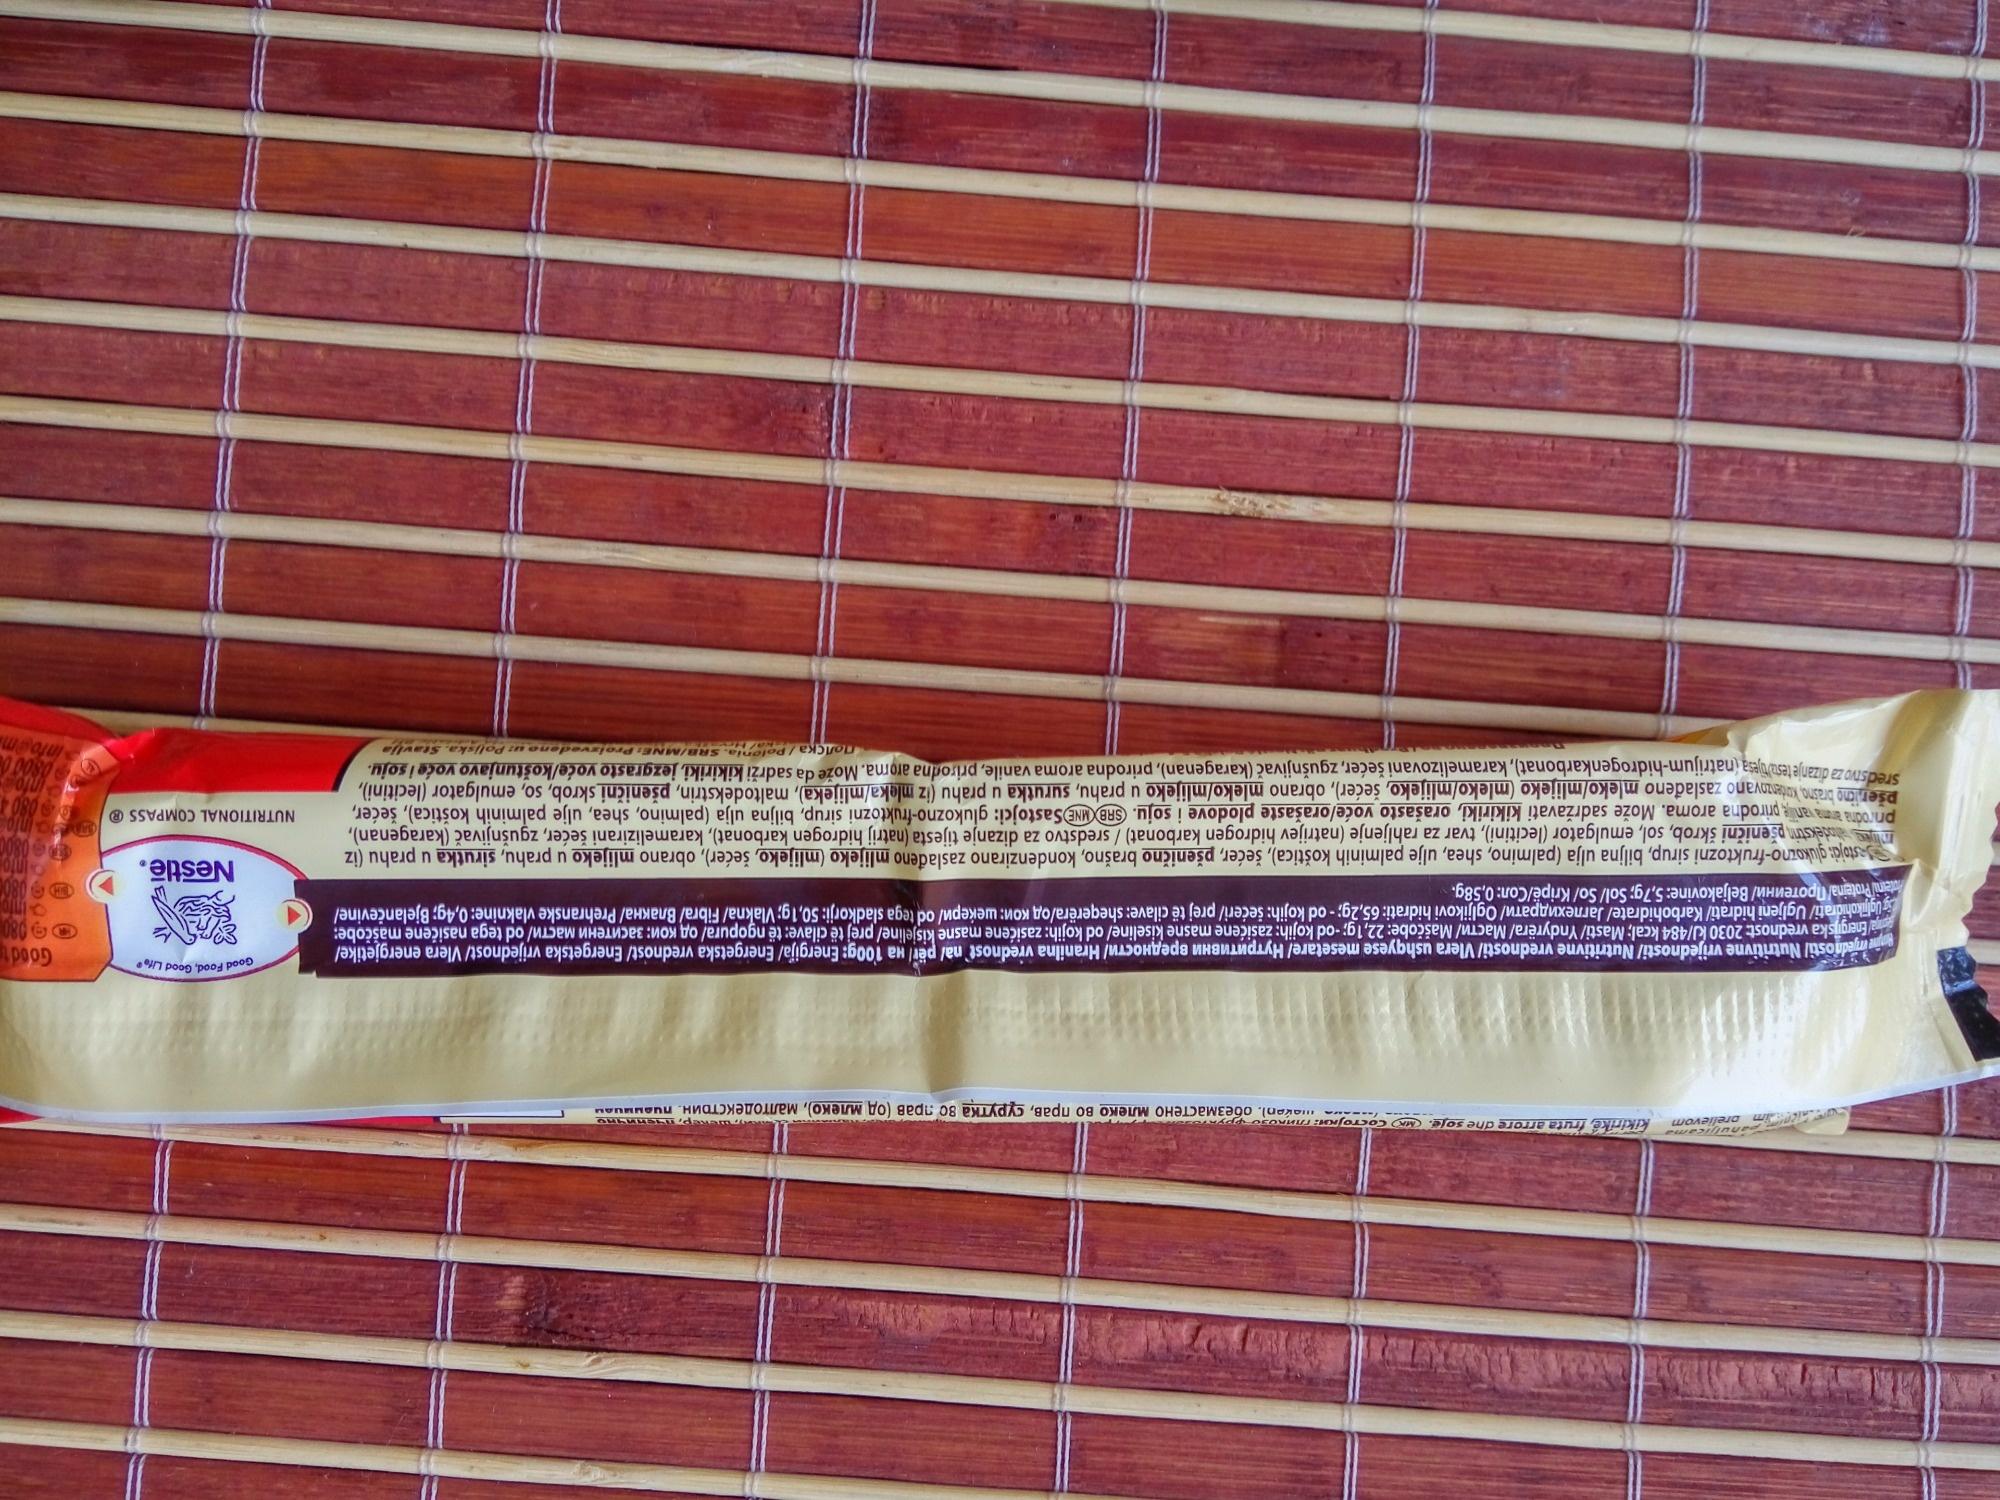
anuljicama Aicim prelievom
kikirike, fruta arrore dhe soje. MK COCTOJк: глиоppynom
комаршекер, пченично
А е) обезмастено млеко во прав, сурутка 30 прав (од млеко), малтодекстрин пич
me jednostil Nutritivne vrijednosti/ Nutritivne vrednosti/Vlera ushqyese mesetare/ HyтриTивни вpедиости/ Hranilna vrednost nal për/ Ha 100g: Energija/ Energetska vrednost/ Energetska vrijednost/ Vlera energjetike/ Energijska vrednost: 2030 kJ/484 kcal; Masti/Yndyrëra/ MacT/ Maščobe: 22,1g; -od kojih: zasićene masne kiseline/ od kojih: zasićene masne kisjeline/ prej të cilave: të ngopura/ од кои: заситени MaсTи/ od tega nasičene maščobe: Ugljikohidrati/ Ugljeni hidrati/Karbohidrate/ Jarnexдpaти/ Ogljikovi hidrati: 65,2g; - od kojih: šećeri/ prej të cilave: sheqerëra/oд кои: шекеpи/ od tega sladkorji: 50,1g; Vlakna/ Fibra/ Bлakнa/ Prehranske vlaknine: 0,4g; Bjelančevine/ tein Proteina/Протеини/ Beljakovine: 5,7g; Sol/So/Kripë/Con: 0,58g.
Sastojci: glukozno-fruktozni sirup, biljna ulja (palmino, shea, ulje palminih koštica), šećer, pšenično brašno, kondenzirano zaslađeno mlijeko (mlijeko, šećer), obrano mlijeko u prahu, sirutka u prahu (iz miestodekstri pšenični škrob, sol, emulgator (lecitini), tvar za rahljenje (natrijev hidrogen karbonat)/ sredstvo za dizanje tijesta (natrij hidrogen karbonat), karamelizirani šećer, zgušnjivač (karagenan), prirodna amavanje prirodna aroma. Može sadržavati kikiriki, orašasto voće/orašaste plodove i soju. SRB MNE Sastojci: glukozno-fruktozni sirup, biljna ulja (palmino, shea, ulje palminih koštica), šećer, pšenično brašno, kondenzovano zaslađeno mleko/mlijeko (mleko/mlijeko, šećer), obrano mleko/mlijeko u prahu, surutka u prahu (iz mleka/mlijeka), maltodekstrin, pšenični skrob, so, emulgator (lecitini), sredstvo za dizanje teswijesa (natrijum-hidrogenkarbonat), karamelizovani šećer, zgušnjivač (karagenan), prirodna aroma vanile, prirodna aroma. Može da sadrži kikiriki, jezgrasto voće/koštunjavo voće i soju.
noлска/Polonia. SRB/MNE: Proizvedeno u: Poliska. Stavlja
Good Food, Good Life
Nestlē.
NUTRITIONAL COMPASS Ⓡ
Good 080 info
0800
info
0800
ma info
0804
info@
08000 info@ma